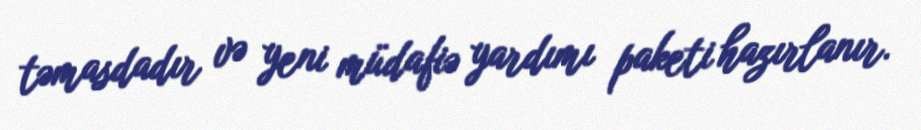
təmasdadır və yeni müdafiə yardımı paketi hazırlanır.